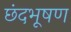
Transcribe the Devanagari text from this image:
छंदभूषण